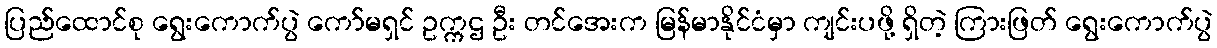
ပြည်ထောင်စု ရွေးကောက်ပွဲ ကော်မရှင် ဥက္ကဌ ဦး တင်အေးက မြန်မာနိုင်ငံမှာ ကျင်းပဖို့ ရှိတဲ့ ကြားဖြတ် ရွေးကောက်ပွဲ